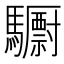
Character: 𮪝